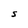
Character: S